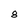
Character: 8